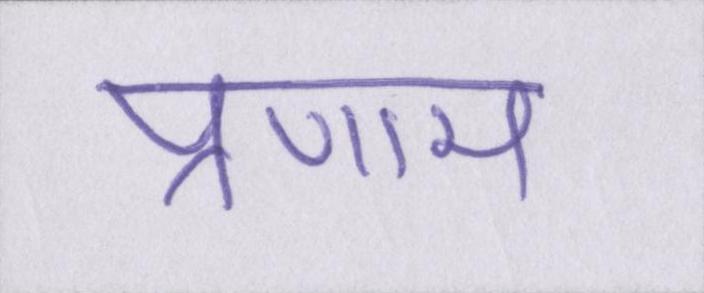
प्रणाम